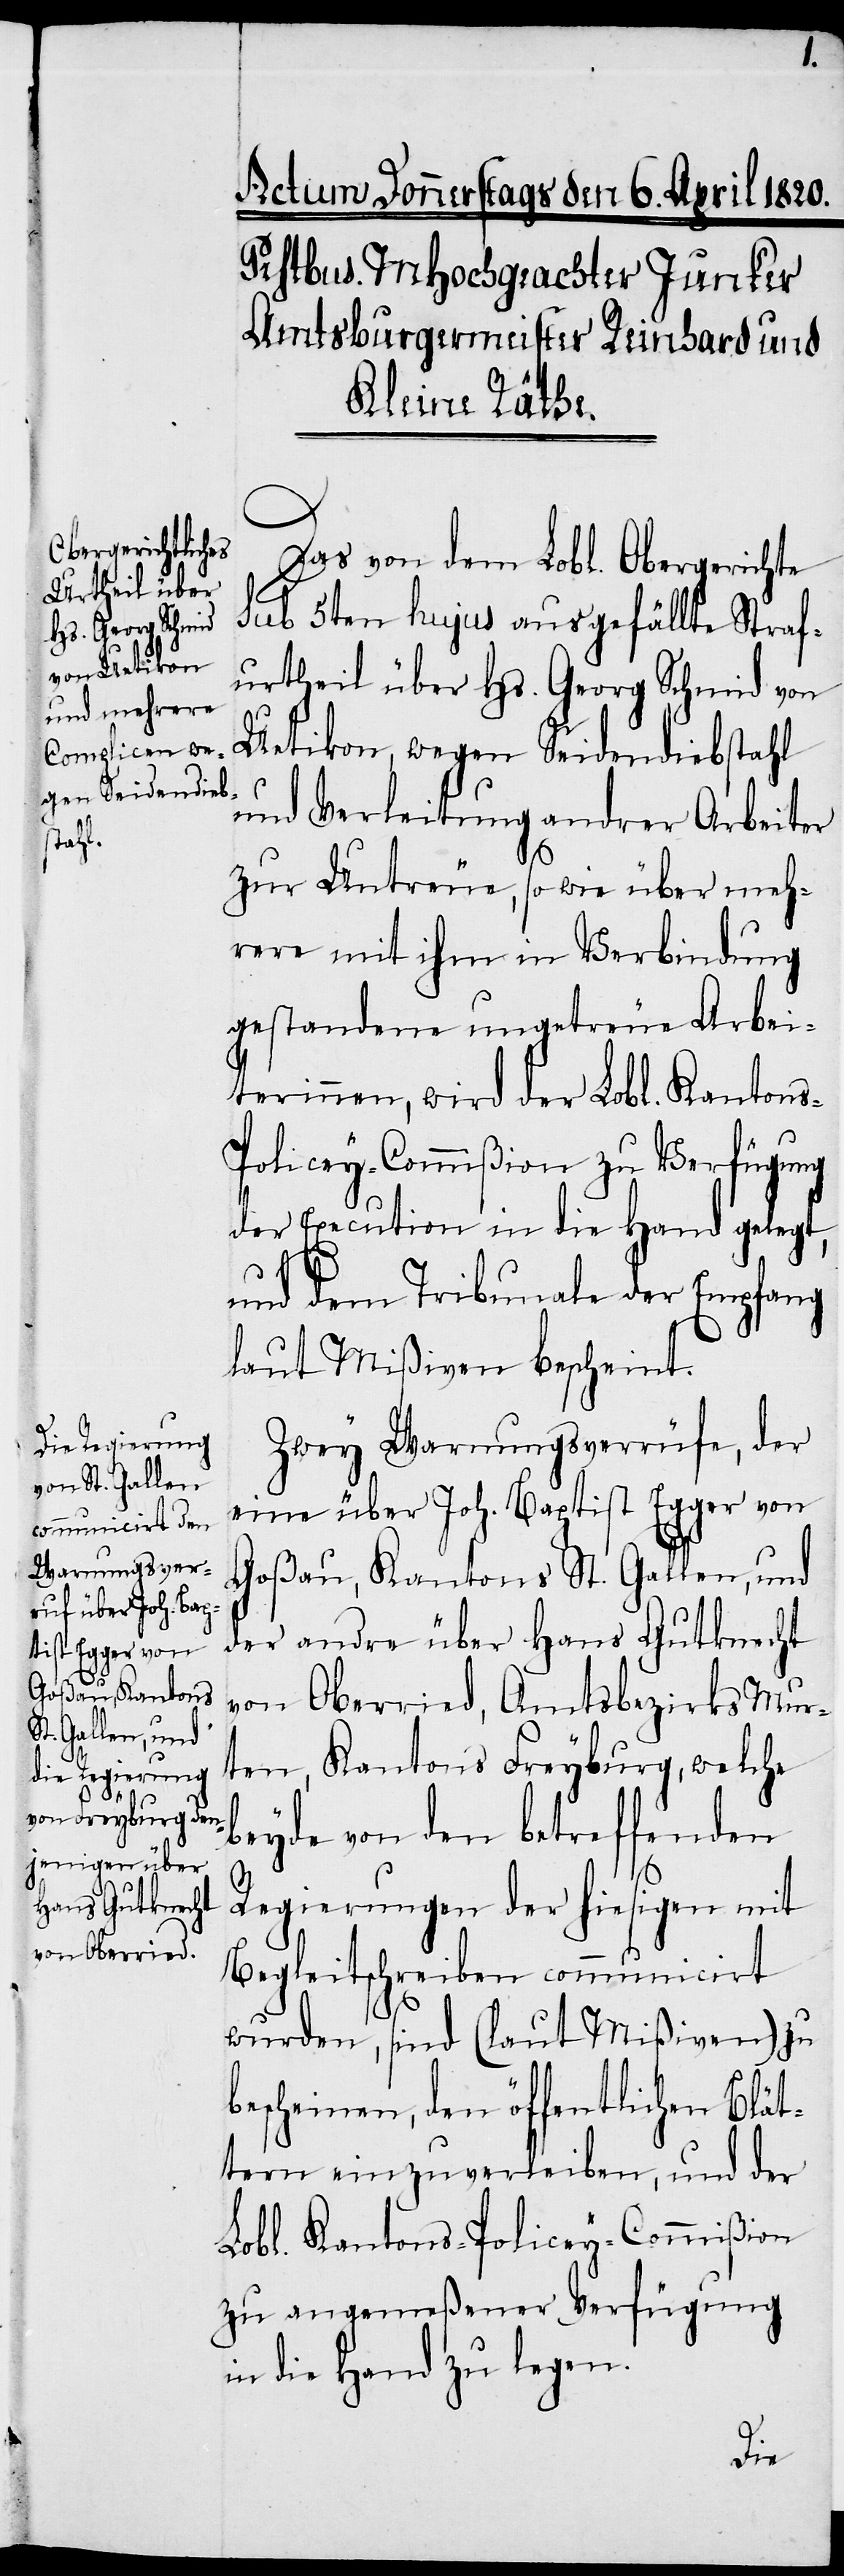
Das von dem Lobl. Obergerichte
sub 5ten hujus ausgefüllte Straf¬
urtheil über Hs. Georg Schmid von
Uetikon, wegen Seidendiebstahl
und Verleitung andrer Arbeiter
zur Untreue, so wie über meh¬
rere mit ihm in Verbindung
gestandene ungetreue Arbei¬
terinnen, wird der Lobl. Kanton¬
s-Policey-Commißion zu Verfügung
der Execution in die Hand gelegt,
und dem Tribunale der Empfang
laut Mißiven bescheint.
Zwey Warnungsverrüfe, der
eine über Joh. Baptist Egger von
Goßau, Kantons St. Gallen, und
der andre über Hans Gutknecht
von Oberried, Amtsbezirks Mur¬
ten, Kantons Freyburg, welche
beyde von den betreffenden
Regierungen der hiesigen mit
Begleitschreiben communicirt
wurde, sind (laut Mißiven) zu
bescheinen, den öffentlichen Blät¬
tern einzuverleiben, und der
Lobl. Kantons-Policey-Commißion
zu angemeßener Verfügung
in die Hand zu legen.